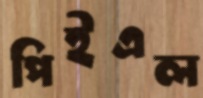
পিইএল